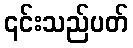
၎င်းသည်ပတ်